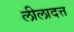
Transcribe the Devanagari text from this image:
लीलादत्त